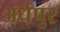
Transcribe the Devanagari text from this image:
अर्धपुर